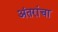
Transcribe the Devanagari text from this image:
अंतरांचा